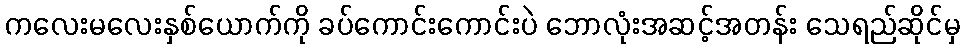
ကလေးမလေးနှစ်ယောက်ကို ခပ်ကောင်းကောင်းပဲ ဘောလုံးအဆင့်အတန်း သေရည်ဆိုင်မှ